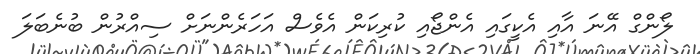
ލޯންގް އޭނަ އާއި އެކީގައި އެންޖޯއި ކުރިކަން އެވެސް އަހަރެންނަށް ސިއްރުން ބުނެބަލަ